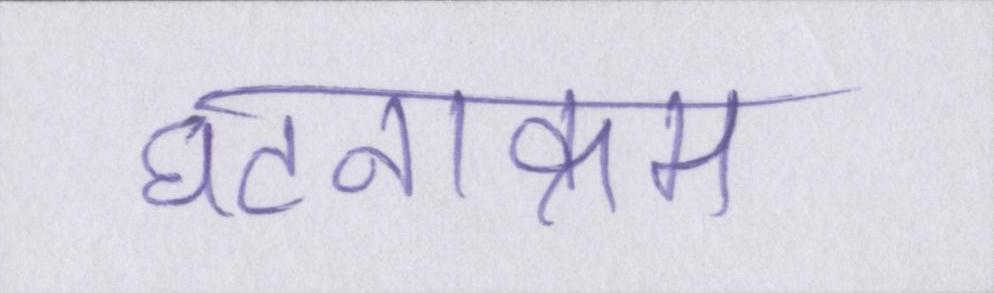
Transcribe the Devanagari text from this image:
घटनाक्रम